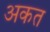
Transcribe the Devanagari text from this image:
अकत